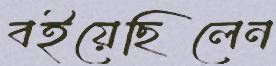
বইয়েছিলেন